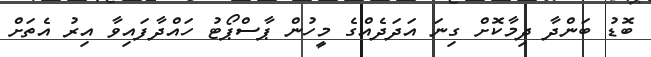
ބޮޑު ބަންދާ ދިމާކޮށް ގިނަ އަދަދެއްގެ މީހުން ޕާސްޕޯޓު ހައްދާފައިވާ އިރު އެތަށް